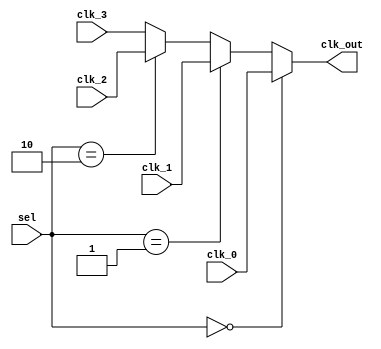
module   clk_select(
						input clk_0,
						input clk_1,
						input clk_2,
						input clk_3,
						
						input [1:0]sel,

						output clk_out
					);


assign clk_out = (sel==2'd0)?clk_0:((sel==2'd1)?clk_1:((sel==2'd2)?clk_2:clk_3));

endmodule